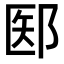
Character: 𫑝